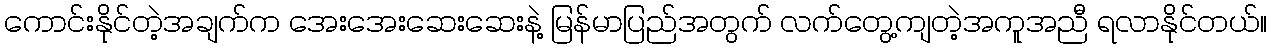
ကောင်းနိုင်တဲ့အချက်က အေးအေးဆေးဆေးနဲ့ မြန်မာပြည်အတွက် လက်တွေ့ကျတဲ့အကူအညီ ရလာနိုင်တယ်။